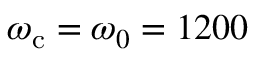
\omega _ { \mathrm { c } } = \omega _ { 0 } = 1 2 0 0